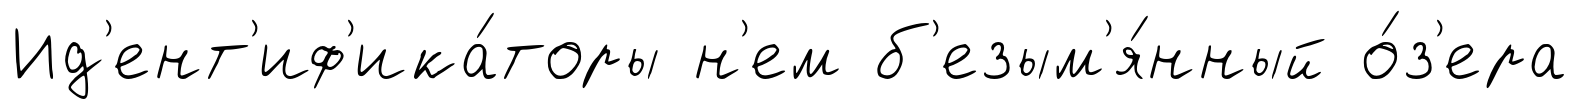
Ид'ент'иф'ика́торы н'ем б'езым'я́нный о́з'ера